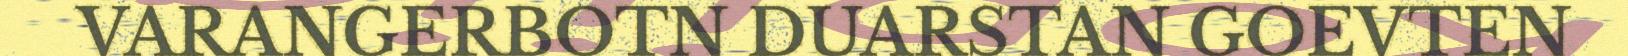
VARANGERBOTN DUARSTAN GOEVTEN